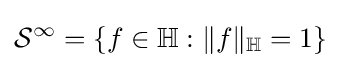
{\mathcal {S}}^{\infty }=\left\{f\in \mathbb {H} :\|f\|_{\mathbb {H} }=1\right\}